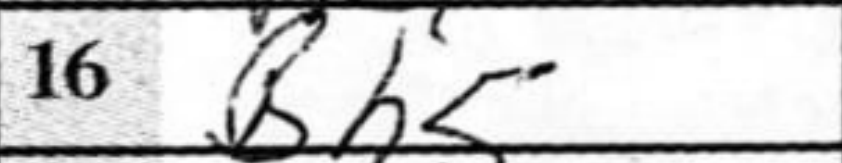
Transcription: Bh5